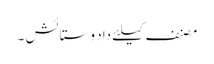
مصنف کیلئے داد و ستائش ۔